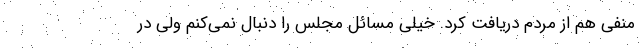
منفی هم از مردم دریافت کرد. خیلی مسائل مجلس را دنبال نمی‌کنم ولی در